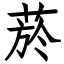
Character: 菸